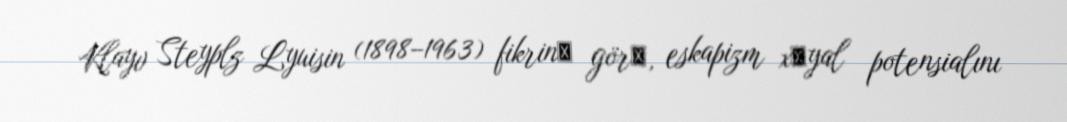
Klayv Steyplz Lyuisin (1898–1963) fikrinә görә, eskapizm xәyal potensialını